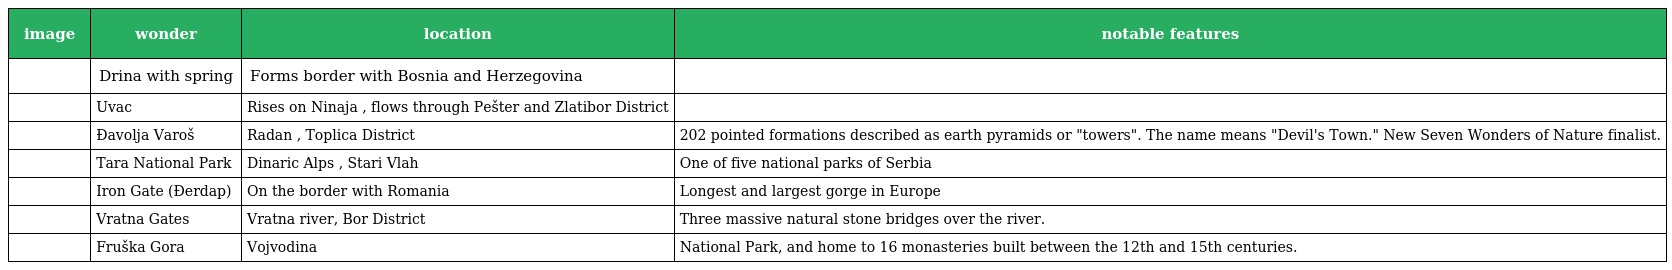
| image | wonder | location | notable features |
 | --- | --- | --- | --- |
 |  | Drina with spring | Forms border with Bosnia and Herzegovina |  |
 |  | Uvac | Rises on Ninaja , flows through Pešter and Zlatibor District |  |
 |  | Đavolja Varoš | Radan , Toplica District | 202 pointed formations described as earth pyramids or "towers". The name means "Devil's Town." New Seven Wonders of Nature finalist. |
 |  | Tara National Park | Dinaric Alps , Stari Vlah | One of five national parks of Serbia |
 |  | Iron Gate (Đerdap) | On the border with Romania | Longest and largest gorge in Europe |
 |  | Vratna Gates | Vratna river, Bor District | Three massive natural stone bridges over the river. |
 |  | Fruška Gora | Vojvodina | National Park, and home to 16 monasteries built between the 12th and 15th centuries. |